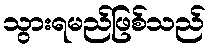
သွားရမည်ဖြစ်သည်